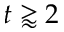
t \gtrapprox 2